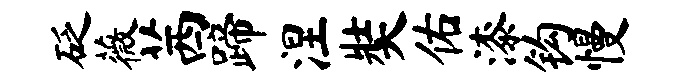
砭薇茜蹄涅奘佑漆钩慢